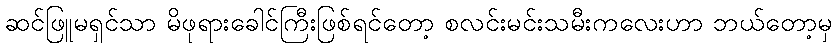
ဆင်ဖြူမရှင်သာ မိဖုရားခေါင်ကြီးဖြစ်ရင်တော့ စလင်းမင်းသမီးကလေးဟာ ဘယ်တော့မှ